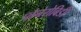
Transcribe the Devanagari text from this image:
प्लैनेरोबिडी